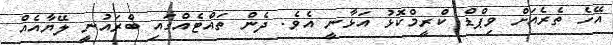
އޭހެ ތެރެއަށް ވިޕްޑް ކްރީމްކޮޅު އަޅާނީ އެވެ. ދެން ތައްޓެއްގައި ބްރައުނީ ލޭޔާއެއް